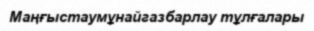
Маңғыстаумұнайгазбарлау тұлғалары